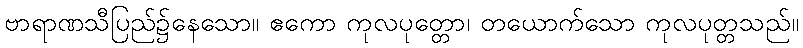
ဗာရာဏသီပြည်၌နေသော။ ဧကော ကုလပုတ္တော၊ တယောက်သော ကုလပုတ္တသည်။